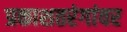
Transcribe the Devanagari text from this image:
प्रकाशतरंगांवर